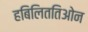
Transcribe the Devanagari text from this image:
हबिलिततिओन